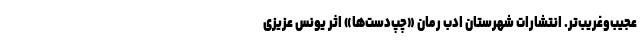
عجیب‌وغریب‌تر. انتشارات شهرستان ادب رمان «چپ‌دست‌ها» اثر یونس عزیزی